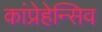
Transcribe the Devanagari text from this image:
कांप्रेहेन्सिव